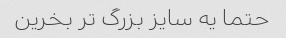
حتما یه سایز بزرگ تر بخرین